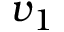
v _ { 1 }